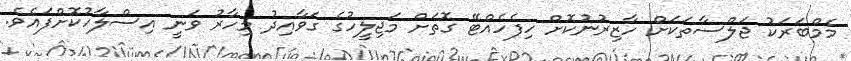
މެމްބަރަކު ޖަލްސާތަކަށް ހާޒިރުނުކޮށް ހިފެހެއްޓޭ ގޮތަށް މަޖިލީހުގެ ގަވާއިދު މިހާރު ވަނީ އިސްލާހުކޮށްފައެވެ.